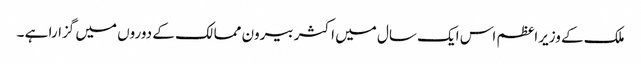
ملک کے وزیراعظم اس ایک سال میں اکثر بیرون ممالک کے دوروں میں گزارا ہے ۔